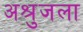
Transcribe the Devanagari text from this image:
अश्रुजला